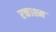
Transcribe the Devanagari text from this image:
रक्ताश्म